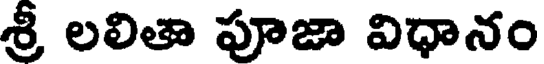
శ్రీ లలితా పూజా విధానం